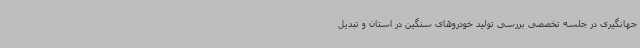
جهانگیری در جلسه تخصصی بررسی تولید خودروهای سنگین در استان و تبدیل